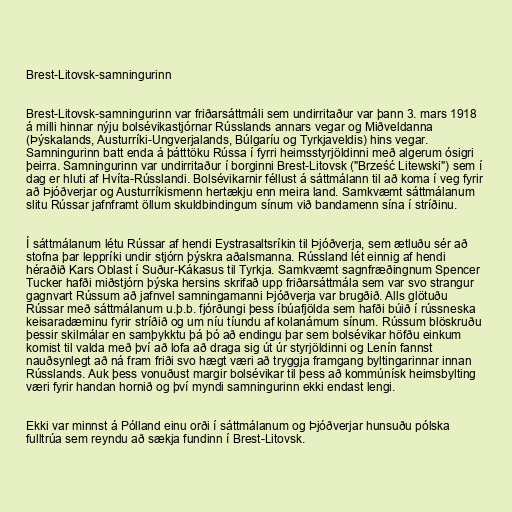
Brest-Litovsk-samningurinn

Brest-Litovsk-samningurinn var friðarsáttmáli sem undirritaður var þann 3. mars 1918
á milli hinnar nýju bolsévikastjórnar Rússlands annars vegar og Miðveldanna
(Þýskalands, Austurríki-Ungverjalands, Búlgaríu og Tyrkjaveldis) hins vegar.
Samningurinn batt enda á þátttöku Rússa í fyrri heimsstyrjöldinni með algerum ósigri
þeirra. Samningurinn var undirritaður í borginni Brest-Litovsk ("Brześć Litewski") sem í
dag er hluti af Hvíta-Rússlandi. Bolsévikarnir féllust á sáttmálann til að koma í veg fyrir
að Þjóðverjar og Austurríkismenn hertækju enn meira land. Samkvæmt sáttmálanum
slitu Rússar jafnframt öllum skuldbindingum sínum við bandamenn sína í stríðinu.

Í sáttmálanum létu Rússar af hendi Eystrasaltsríkin til Þjóðverja, sem ætluðu sér að
stofna þar leppríki undir stjórn þýskra aðalsmanna. Rússland lét einnig af hendi
héraðið Kars Oblast í Suður-Kákasus til Tyrkja. Samkvæmt sagnfræðingnum Spencer
Tucker hafði miðstjórn þýska hersins skrifað upp friðarsáttmála sem var svo strangur
gagnvart Rússum að jafnvel samningamanni Þjóðverja var brugðið. Alls glötuðu
Rússar með sáttmálanum u.þ.b. fjórðungi þess íbúafjölda sem hafði búið í rússneska
keisaradæminu fyrir stríðið og um níu tíundu af kolanámum sínum. Rússum blöskruðu
þessir skilmálar en samþykktu þá þó að endingu þar sem bolsévikar höfðu einkum
komist til valda með því að lofa að draga sig út úr styrjöldinni og Lenín fannst
nauðsynlegt að ná fram friði svo hægt væri að tryggja framgang byltingarinnar innan
Rússlands. Auk þess vonuðust margir bolsévikar til þess að kommúnísk heimsbylting
væri fyrir handan hornið og því myndi samningurinn ekki endast lengi.

Ekki var minnst á Pólland einu orði í sáttmálanum og Þjóðverjar hunsuðu pólska
fulltrúa sem reyndu að sækja fundinn í Brest-Litovsk.